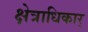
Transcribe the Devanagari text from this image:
क्षेत्राधिकार्